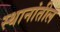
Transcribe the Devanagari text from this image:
स्थानांतील